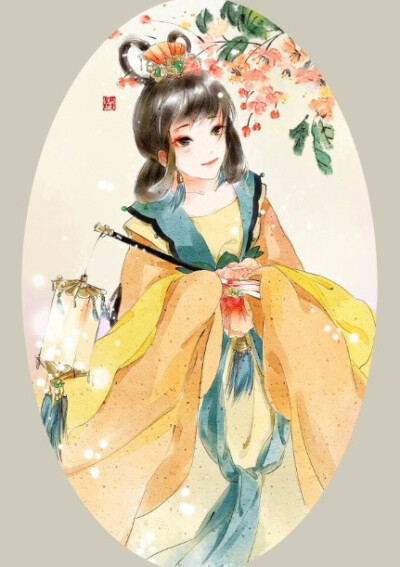
江深竹静两三家，多事红花映白花。